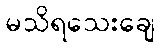
မသိရသေးချေ